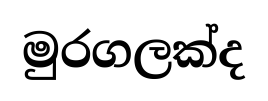
මුරගලක්ද